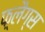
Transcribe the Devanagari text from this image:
फ़्लैग्स